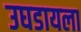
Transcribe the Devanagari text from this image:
उघडायला